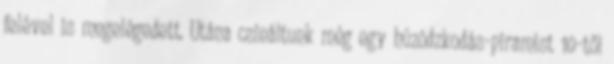
felével is megelégedett. Utána csináltunk még egy húzódzkodás-piramist 10-től